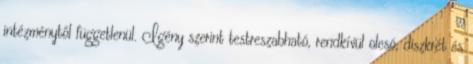
intézménytől függetlenül. Igény szerint testreszabható, rendkívül olcsó, diszkrét és